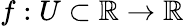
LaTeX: f:U\subset\mathbb{R}\to\mathbb{R}